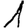
Digit: 1